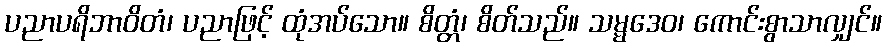
ပညာပရိဘာဝိတံ၊ ပညာဖြင့် ထုံအပ်သော။ စိတ္တံ၊ စိတ်သည်။ သမ္မဒေဝ၊ ကောင်းစွာသာလျှင်။